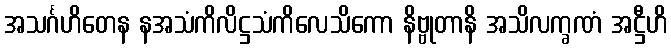
အသင်္ဂဟိတေန နအသံကိလိဋ္ဌသံကိလေသိကော နိဗ္ဗုတာနိ အသိလက္ခဏံ အဋ္ဌီဟိ